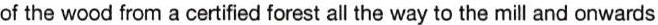
of the wood from a certified forest all the way to the mill and onwards